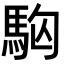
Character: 𩢛